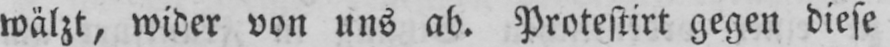
wälzt, wider von uns ab. Protestirt gegen diese